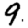
Digit: 9